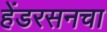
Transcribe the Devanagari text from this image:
हेंडरसनचा